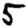
Digit: 5